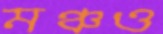
মঞ্চও